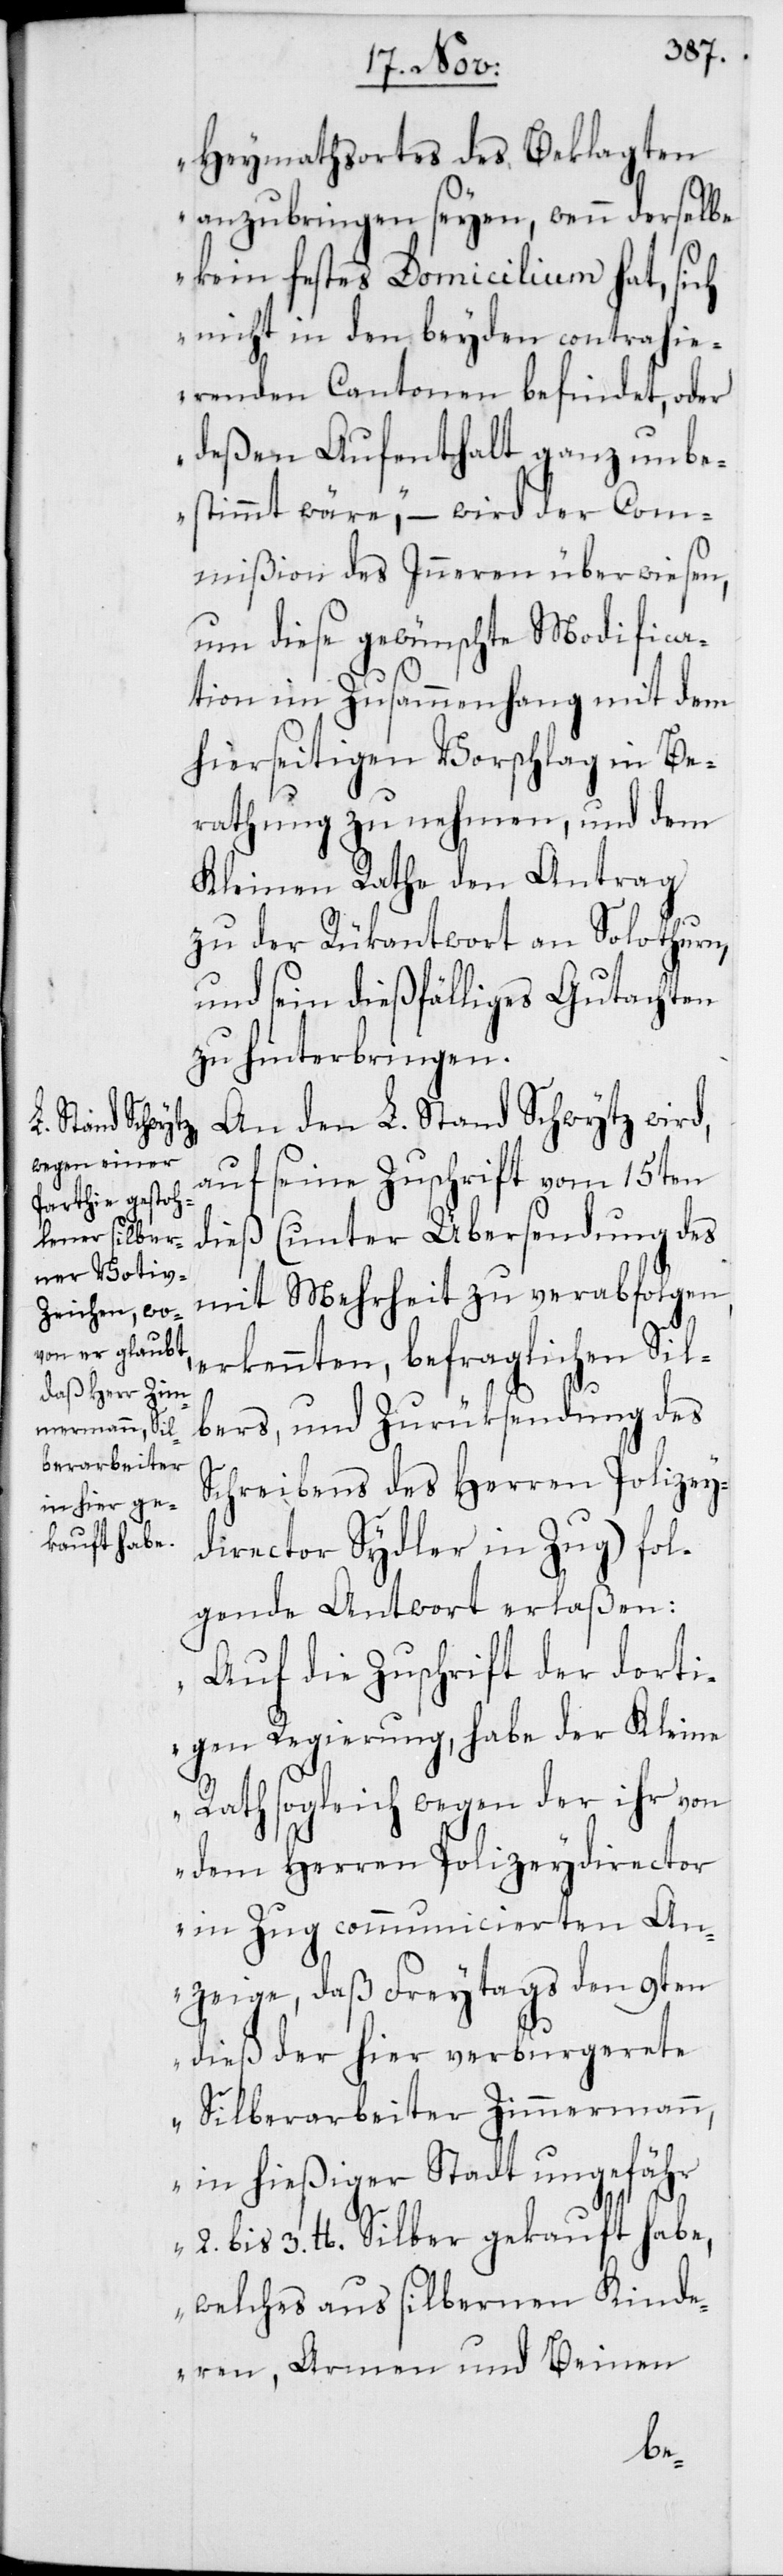
Heymathsortes des Beklagten
anzubringen seyen, wenn derselbe
kein festes Domicilium hat, sich
nicht in den beyden contrahie¬
renden Cantonen befindet, oder
deßen Aufenthalt ganz unbe¬
stimmt wäre“, – wird der Com¬
mißion des Inneren überwiesen,
um diese gewünschte Modifica¬
tion im Zusammenhang mit dem
hierseitigen Vorschlag in Be¬
rathung zu nehmen, und dem
Kleinen Rathe den Antrag
zu der Rükantwort an Solothurn,
und sein dießfälliges Gutachten
zu hinterbringen.
An den L. Stand Schwytz wird,
auf seine Zuschrift vom 15ten
dieß (unter Übersendung des
mit Mehrheit zu verabfolgen.
erkennten, befraglichen Sil¬
bers, und Zurüksendung des
Schreibens des Herren Polizey¬
director Sydler in Zug) fol¬
gende Antwort erlaßen:
„Auf die Zuschrift der dorti¬
gen Regierung, habe der Kleine
Rath sogleich wegen der ihr von
dem Herren Polizeydirector
in Zug communicierten An¬
zeige, daß Freytags den 9ten
dieß der hier verburgerete
Silberarbeiter Zimmermann,
in hießiger Stadt ungefähr
2. bis 3. lb. Silber gekauft habe,
welches aus silbernen Kinde¬
ren, Armen und Beinen